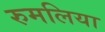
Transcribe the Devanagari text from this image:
रुमलिया